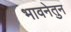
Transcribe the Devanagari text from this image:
भावनेतुन